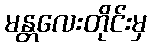
မန္တလေးတိုင်းမှ